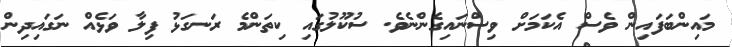
މައިންބަފައިން ވެސް އެކަމަށް ވިސްނައިގެންނެވެ. ސުކޫލުގައި ކިތަންމެ ރަނގަޅު ފިލާ ވަޅެއް ނަގައިދިން